system: You are a helpful assistant.
user:
Analyze the provided spectrum to determine if it is a **Carbon Star (C-type)**.

- **Key Visual Indicators of Carbon Star:**
    - **(Primary):** Strong molecular absorption from **C₂ (diatomic carbon) "Swan Bands."** This is the **defining feature** of a carbon star.
        - **(Key Bandheads):** Sharp absorption edges are visible at approximately $5635$ Å, $5165$ Å (the strongest band), and $4737$ Å.
        - **(Line Profile):** Creates a distinct **"saw-tooth"** pattern. The key morphology is a sharp, steep bandhead on the **red (long-wavelength) side**, which then gradually tapers off (i.e., flux recovers) towards the **blue (short-wavelength) side**. *(This is the direct opposite of the TiO bands seen in M-type stars)*.

    - **(Secondary):** Intense **CN (cyanogen)** molecular absorption bands.
        - **(Key Bandheads):** Located in the blue and violet regions of the spectrum (e.g., near $4215$ Å and $3883$ Å).
        - **(Morphology):** These bands are extremely broad and act as a "blanket," absorbing the vast majority of blue and violet light. This creates a characteristic **"cliff"** or **"steep drop-off"** in the spectrum's flux at short wavelengths.

    - **(Key Confirmation):** Strong **CH absorption band (G-band)**.
        - **(Key Bandhead):** Located around $4300$ Å. The contribution from CH molecules to this band is exceptionally strong.

    - **(Overall Spectrum):**
        - The continuum is severely "chopped up" by these deep molecular bands, especially C₂, rather than appearing as a smooth curve.
        - Due to the heavy CN and C₂ absorption in the blue-green, the vast majority of the star's flux is concentrated in the red part of the spectrum, giving the star its characteristic deep red color.

Think first, call **spectral_visualization_tool** if needed to examine features in detail, then provide your final answer. Your response must adhere to the following strict rules:
1.  **Overall Structure:** Your response must follow the format `<think>...</think> <tool_call>...</tool_call> (if a tool is used) <answer>...</answer>`.
2.  **Tool Usage Constraint:** You may only make **one** tool call per turn.
3.  **Final Answer Format:** In the `<answer>` tag, your conclusion must be inside a `\boxed{}` command (e.g., `\boxed{YES}`), followed by your justification.

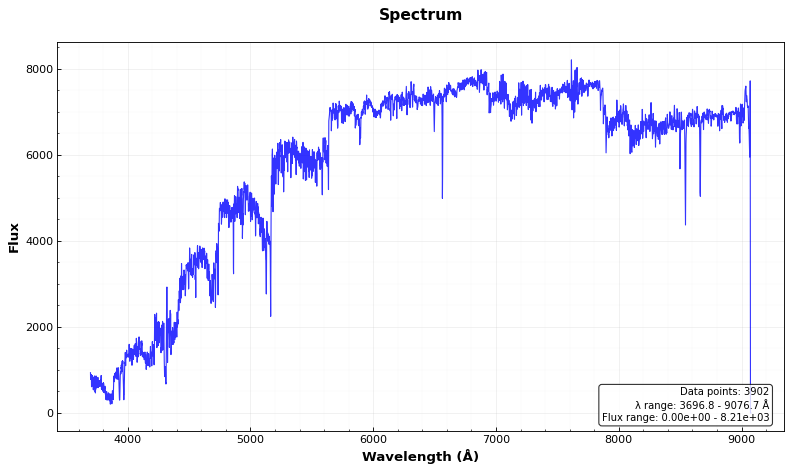
Answer: YES